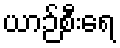
ယာဉ်စီးရေ